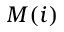
M ( i )